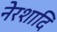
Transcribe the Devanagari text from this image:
नेरशादि